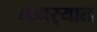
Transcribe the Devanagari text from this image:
भंडार्‍यात